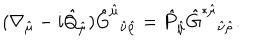
( \nabla _ { \hat { \mu } } - i \hat { Q } _ { \hat { \mu } } ) \hat { G } ^ { \hat { \mu } } { } _ { \hat { \nu } \hat { \rho } } = \hat { P } _ { \hat { \mu } } \hat { G } ^ { * \hat { \mu } } { } _ { \hat { \nu } \hat { \rho } } .